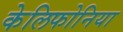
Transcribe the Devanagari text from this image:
केलिफोनिया